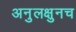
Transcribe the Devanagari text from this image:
अनुलक्षुनच